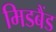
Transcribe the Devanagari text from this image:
मिडबैंड